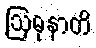
ဩဓုနာတိ